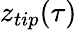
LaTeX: z_{tip}(\tau)